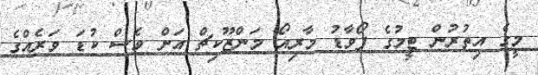
މީގެ އިތުރުން ޓީމުގެ ފޯވާޑު މާރިއޯ މަންޒޫކިޗް އަށް ވެސް ކުޑަ ވަރެއްގެ